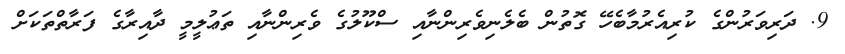
9. ދަރިވަރުންގެ ކުރިއެރުމާބެހޭ ގޮތުން ބެލެނިވެރިންނާއި ސްކޫލުގެ ވެރިންނާއި ތަޢުލީމީ ދާއިރާގެ ފަރާތްތަކަށް